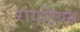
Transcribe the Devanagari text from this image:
रायटियस